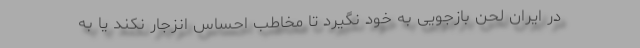
در ایران لحن بازجویی به خود نگیرد تا مخاطب احساس انزجار نکند یا به